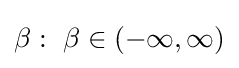
\beta :~\beta \in (-\infty ,\infty )